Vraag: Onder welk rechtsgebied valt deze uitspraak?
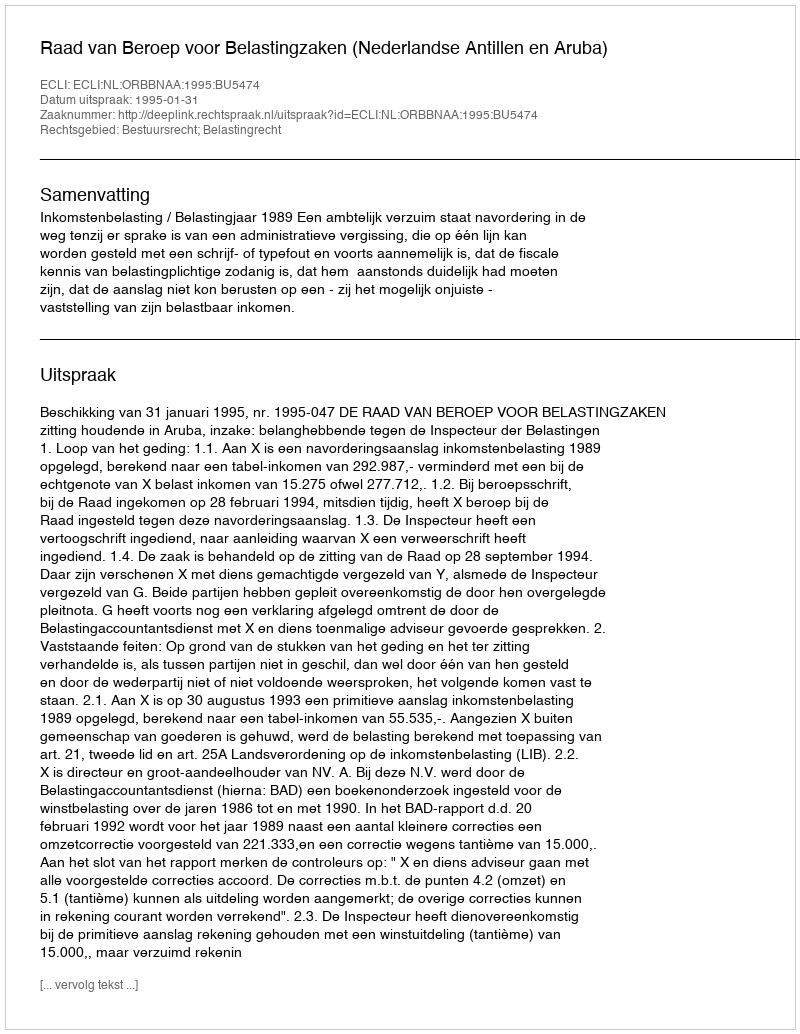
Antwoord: Bestuursrecht; Belastingrecht